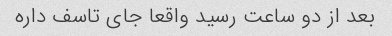
بعد از دو ساعت رسید واقعا جای تاسف داره